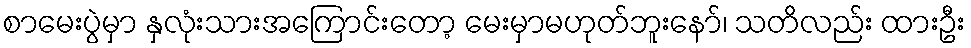
စာမေးပွဲမှာ နှလုံးသားအကြောင်းတော့ မေးမှာမဟုတ်ဘူးနော်၊ သတိလည်း ထားဦး